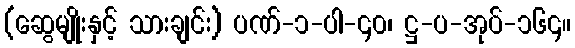
(ဆွေမျိုးနှင့် သားချင်း) ပဏ်-၁-ပါ-၄၀၊ ဋ္ဌ-ပ-အုပ်-၁၆၄။